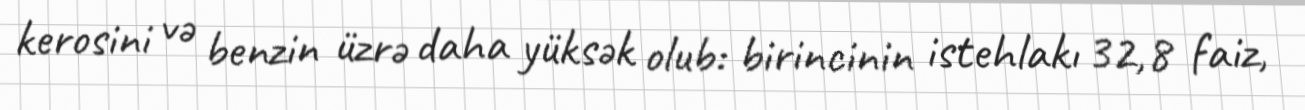
kerosini və benzin üzrə daha yüksək olub: birincinin istehlakı 32,8 faiz,